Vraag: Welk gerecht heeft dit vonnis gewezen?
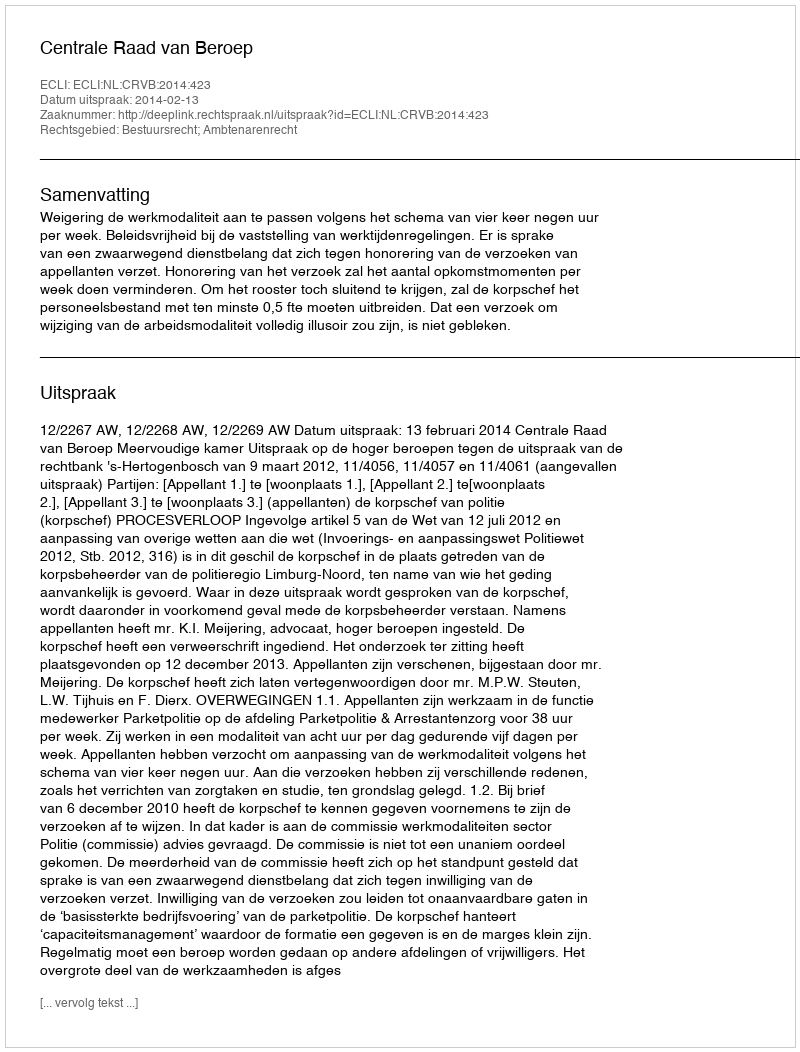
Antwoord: Centrale Raad van Beroep